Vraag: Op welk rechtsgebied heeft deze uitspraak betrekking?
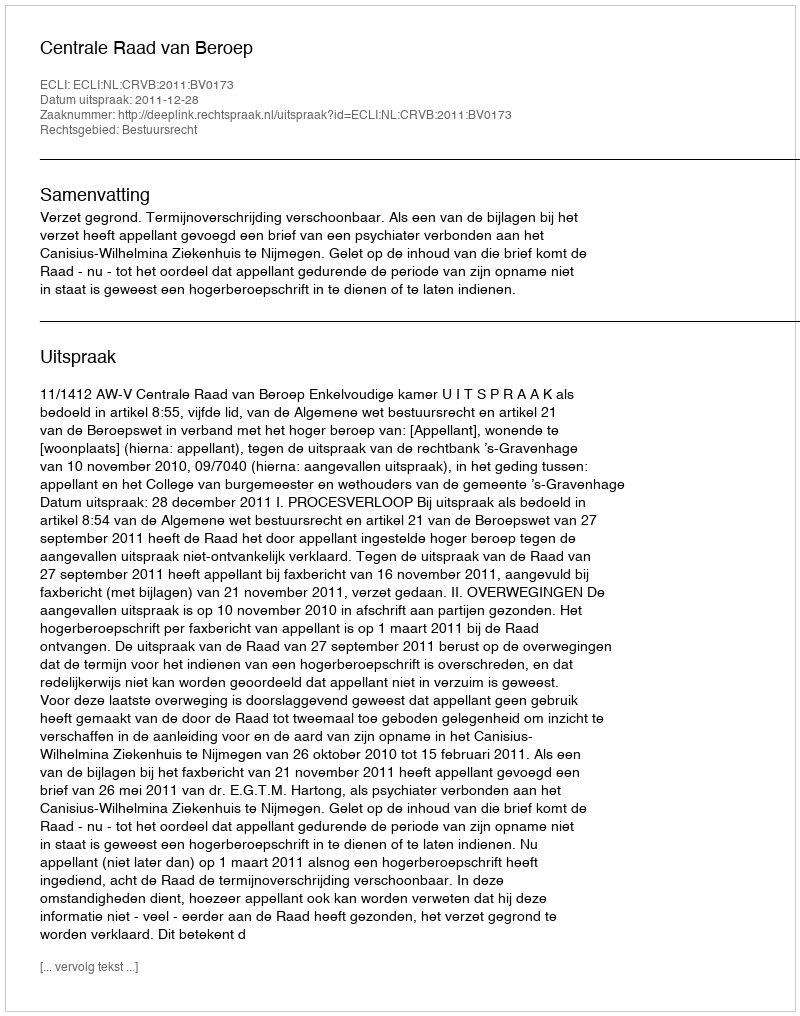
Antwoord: Bestuursrecht